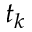
t _ { k }